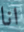
انا